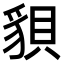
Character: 𧳒